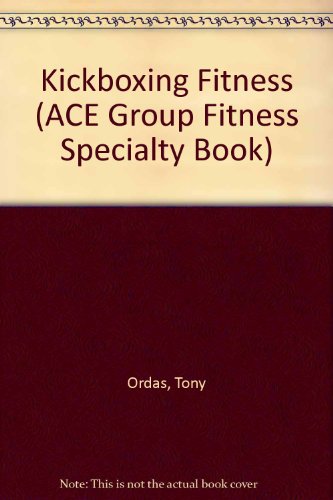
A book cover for Kickboxing Fitness (Ace's Group Fitness Specialty Series); Tony Ordas; Sports & Outdoors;